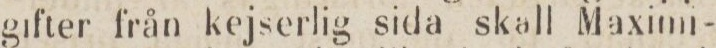
gifter från kejserlig sida skall Maximi-